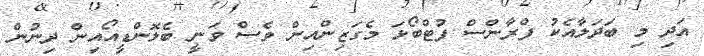
އަދި މި ބަދަލާއެކު ފްރާންސް ފުޓްބޯޅަ މެގަޒިންއިން ވެސް ވަނީ ބެލޮންޑީއޯއިން ދިނުން